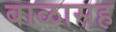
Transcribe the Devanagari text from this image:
बाळासह